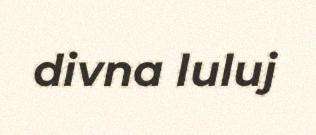
divna luluj